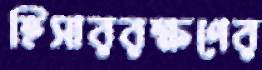
হিসাররক্ষণের